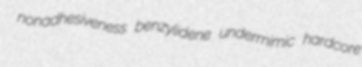
nonadhesiveness benzylidene undermimic hardcore